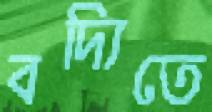
বদ্যিতে